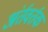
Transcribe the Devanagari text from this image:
अंर्तवर्तक